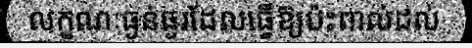
លក្ខណៈធ្ងន់ធ្ងរដែលធ្វើឱ្យប៉ះពាល់ដល់